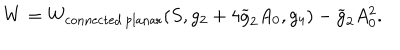
LaTeX: W = W _ { \mathrm { c o n n e c t e d \, p l a n a r } } ( S , g _ { 2 } + 4 \widetilde { g } _ { 2 } A _ { 0 } , g _ { 4 } ) - \widetilde { g } _ { 2 } A _ { 0 } ^ { 2 } .